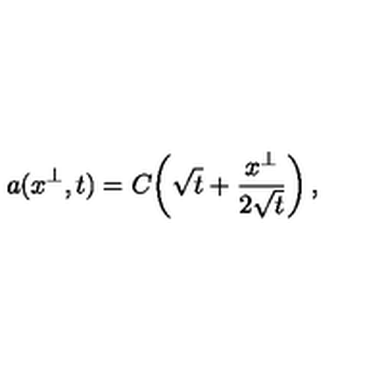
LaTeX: a ( x ^ { \perp } , t ) = C \! \left( \sqrt { t } + \frac { x ^ { \perp } } { 2 \sqrt { t } } \right) ,